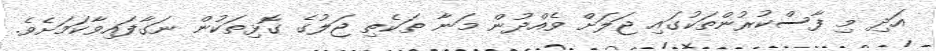
އަދި މި ފާސްކުރުންތަކުގައި ޖަލަށް ވެއްްދުން މަނާ ތަކެތި ޖަލުގެ ގޮޅިތަކުން ނަގާފައިވާކަމަށެވެ.